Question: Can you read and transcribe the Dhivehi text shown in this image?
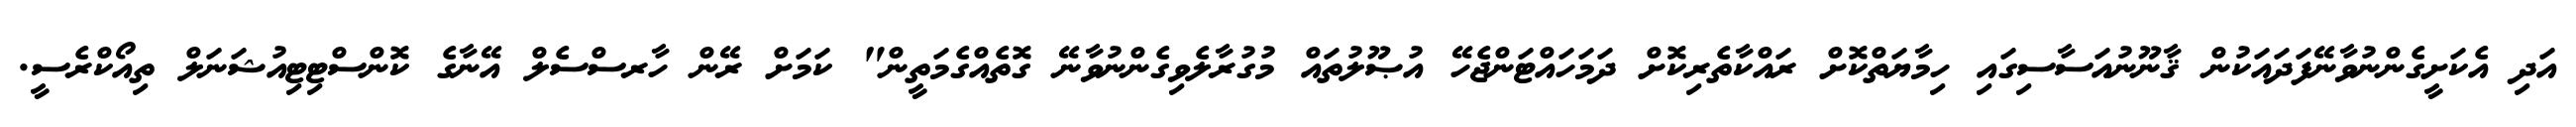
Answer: އަދި އެކަށީގެންނުވާނޭފަދައަކުން ޤާނޫނުއަސާސިގައި ހިމާޔަތްކޮށް ރައްކާތެރިކޮށް ދަމަހައްޓަންޖެހޭ އުޞޫލުތައް މުގުރާލެވިގެންނުވާނޭ ގޮތެއްގެމަތީން" ކަމަށް ރޭން ހާރސްސެލް އޭނާގެ ކޮންސްޓިޓިއުޝަނަލް ތިއޯކްރެސީ.